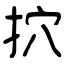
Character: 㧒